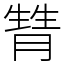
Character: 甧